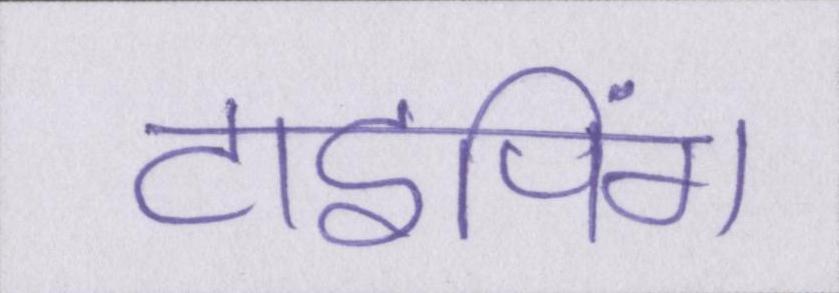
टाइपिंग